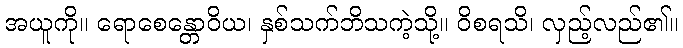
အယူကို။ ရောစေန္တောဝိယ၊ နှစ်သက်ဘိသကဲ့သို့။ ဝိစရသိ၊ လှည့်လည်၏။